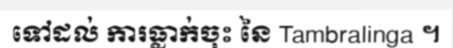
ទៅដល់ ការធ្លាក់ចុះ នៃ Tambralinga ។